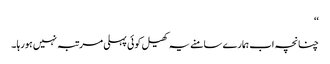
‘‘
چنانچہ اب ہمارے سامنے یہ کھیل کوئی پہلی مرتبہ نہیں ہورہا ۔